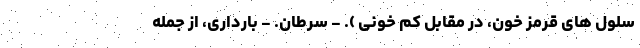
سلول های قرمز خون، در مقابل کم خونی ). - سرطان. - بارداری، از جمله